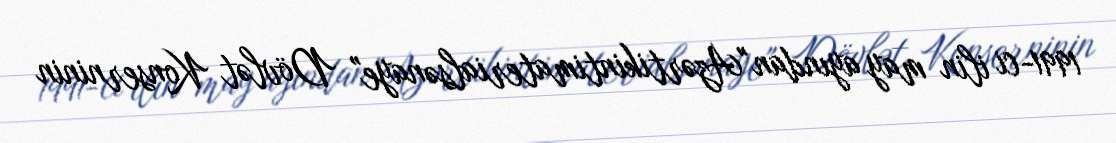
1991-ci ilin may ayından "Azərtikintimaterialsənaye" Dövlət Konserninin